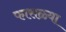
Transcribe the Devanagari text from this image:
फासळ्या